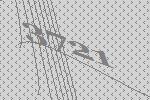
3721